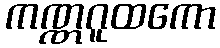
ကဏ္ဏဂူထကော